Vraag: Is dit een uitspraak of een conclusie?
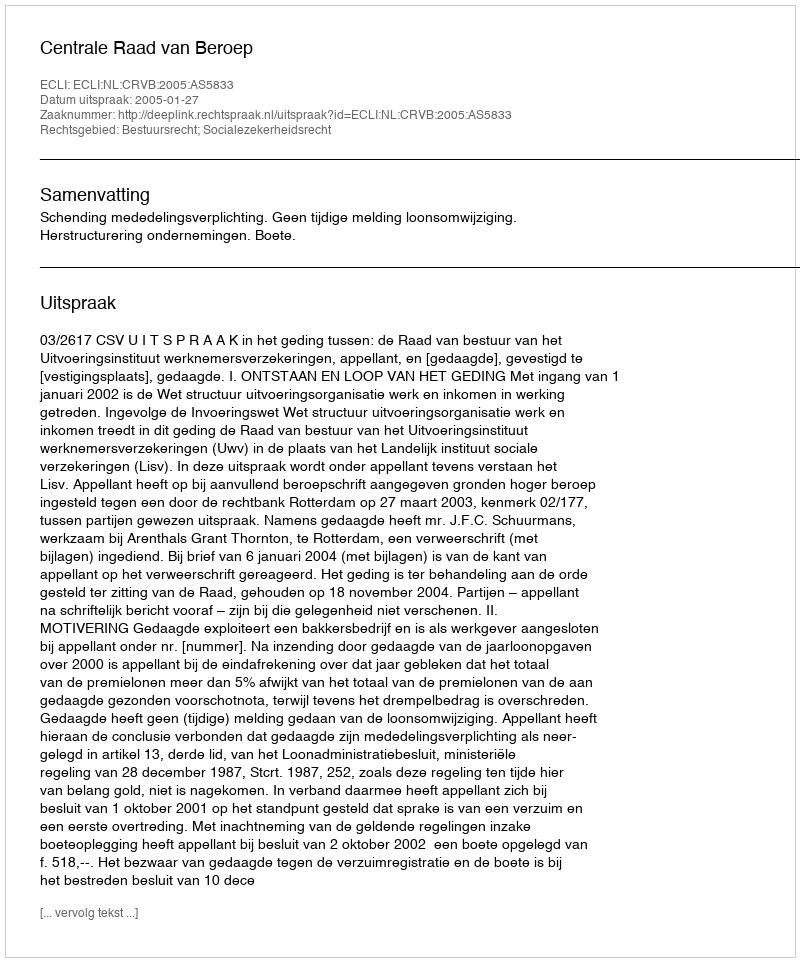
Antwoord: Uitspraak